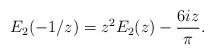
LaTeX: \begin{align*}E_2(-1/z) = z^2 E_2(z) - \frac{6iz}{\pi}.\end{align*}